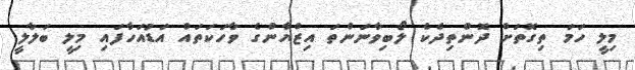
މިލީ ހަމަ ތިގޮތަށް ދޮންތިދެކެ ލޯބިވާނަންތަ އިޒްޔާންގެ ވާހަކަތައް އަޑުއަހާފައި މިލީ ބަލާލީ